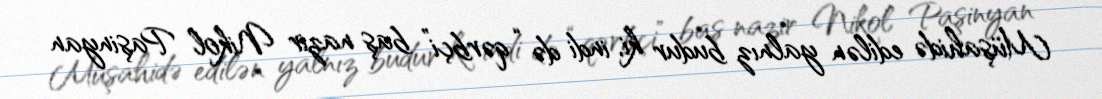
Müşahidə edilən yalnız budur ki, indi də “qərbçi” baş nazir Nikol Paşinyan